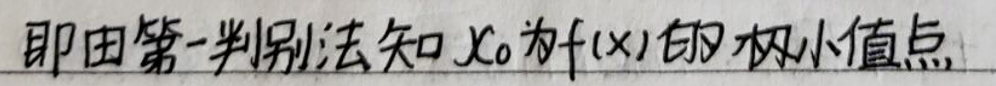
由函数极值的第一判别法知\(x_0\)为\(f(x)\)的极小值点